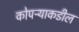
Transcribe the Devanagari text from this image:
कोपऱ्याकडील